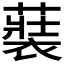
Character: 𮖢